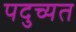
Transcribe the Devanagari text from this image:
पदुच्यत